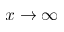
x \to \infty